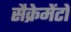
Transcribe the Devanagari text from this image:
सैक्रेमेंटो